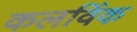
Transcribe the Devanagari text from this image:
कलविंक